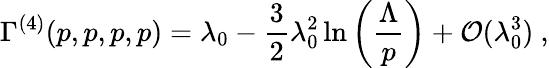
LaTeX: \Gamma^{(4)}(p,p,p,p)=\lambda_{0}-\frac{3}{2}\lambda_{0}^{2}\ln\left(\frac{\Lambda}{p}\right)+{\cal O}(\lambda_{0}^{3})~,